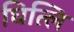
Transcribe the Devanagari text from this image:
घित्लि